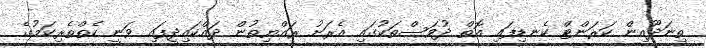
ތިނަދޫއިން ކަރަންޓް ކެނޑިފައި އޮތް ދުވަސްތަކުގައި އެރަށު ރައްޔިތުން ދައްކައިދީފައި ވަނީ ކެތްތެރިކަމުގެ